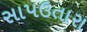
સાપઉતારા